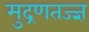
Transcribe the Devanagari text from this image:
मुद्रणतज्ज्ञ